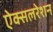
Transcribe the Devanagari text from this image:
ऐक्सलरेशन